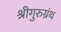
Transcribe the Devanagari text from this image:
श्रीगुरुग्रंथ